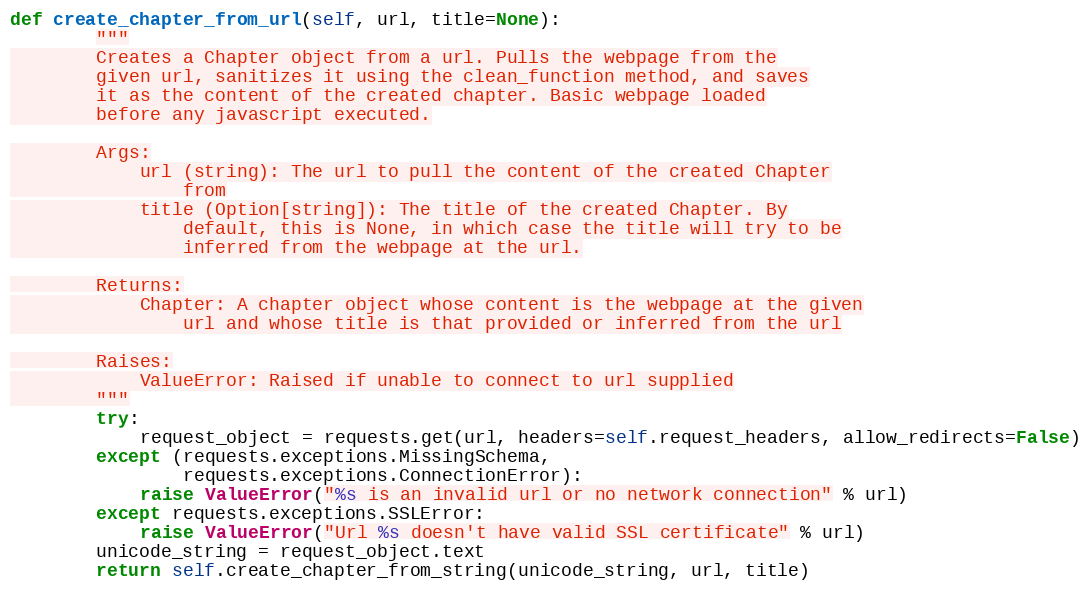
Language: Python
def create_chapter_from_url(self, url, title=None):
        """
        Creates a Chapter object from a url. Pulls the webpage from the
        given url, sanitizes it using the clean_function method, and saves
        it as the content of the created chapter. Basic webpage loaded
        before any javascript executed.

        Args:
            url (string): The url to pull the content of the created Chapter
                from
            title (Option[string]): The title of the created Chapter. By
                default, this is None, in which case the title will try to be
                inferred from the webpage at the url.

        Returns:
            Chapter: A chapter object whose content is the webpage at the given
                url and whose title is that provided or inferred from the url

        Raises:
            ValueError: Raised if unable to connect to url supplied
        """
        try:
            request_object = requests.get(url, headers=self.request_headers, allow_redirects=False)
        except (requests.exceptions.MissingSchema,
                requests.exceptions.ConnectionError):
            raise ValueError("%s is an invalid url or no network connection" % url)
        except requests.exceptions.SSLError:
            raise ValueError("Url %s doesn't have valid SSL certificate" % url)
        unicode_string = request_object.text
        return self.create_chapter_from_string(unicode_string, url, title)